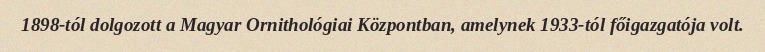
1898-tól dolgozott a Magyar Ornithológiai Központban, amelynek 1933-tól főigazgatója volt.